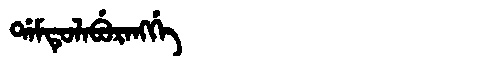
Manchu: ᡩᠠᠮᡨᡠᠯᠠᠪᡠᡵᠠᠩᡤᡝ
Romanization: DAMTULABURANGGE